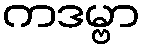
ကဒမ္ဗာ